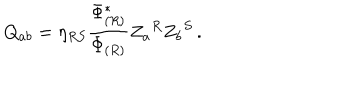
Q _ { a b } = \eta _ { R S } { \frac { \Phi _ { ( R ) } ^ { * } } { \Phi _ { ( R ) } } } Z _ { a } { } ^ { R } Z _ { b } { } ^ { S } \, .